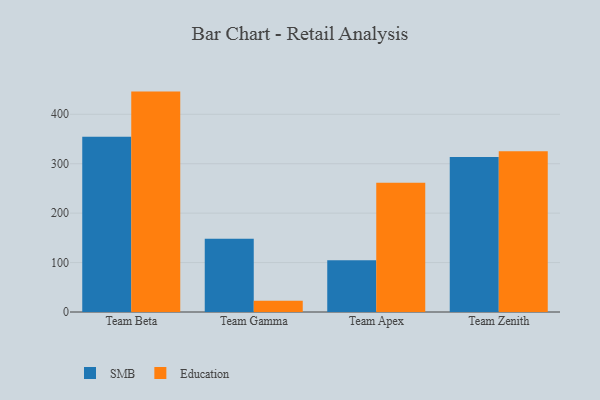
{"axis": {"x": "Team", "y": "Tickets Resolved"}, "legend": ["Education", "SMB"], "data": [{"x": "Team Beta", "y": 354.5, "type": "SMB"}, {"x": "Team Beta", "y": 445.9, "type": "Education"}, {"x": "Team Gamma", "y": 148.0, "type": "SMB"}, {"x": "Team Gamma", "y": 23.0, "type": "Education"}, {"x": "Team Apex", "y": 104.5, "type": "SMB"}, {"x": "Team Apex", "y": 261.3, "type": "Education"}, {"x": "Team Zenith", "y": 313.5, "type": "SMB"}, {"x": "Team Zenith", "y": 325.1, "type": "Education"}]}